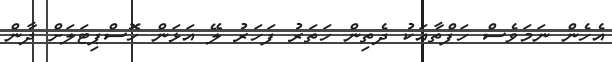
އެހެން ނަމަވެސް ހަފްތާއަކު ދެތިން ހަތަރު ފަހަރު ލޭ އަޅަން ހޮސްޕިޓަލަށް ދާން